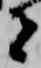
者